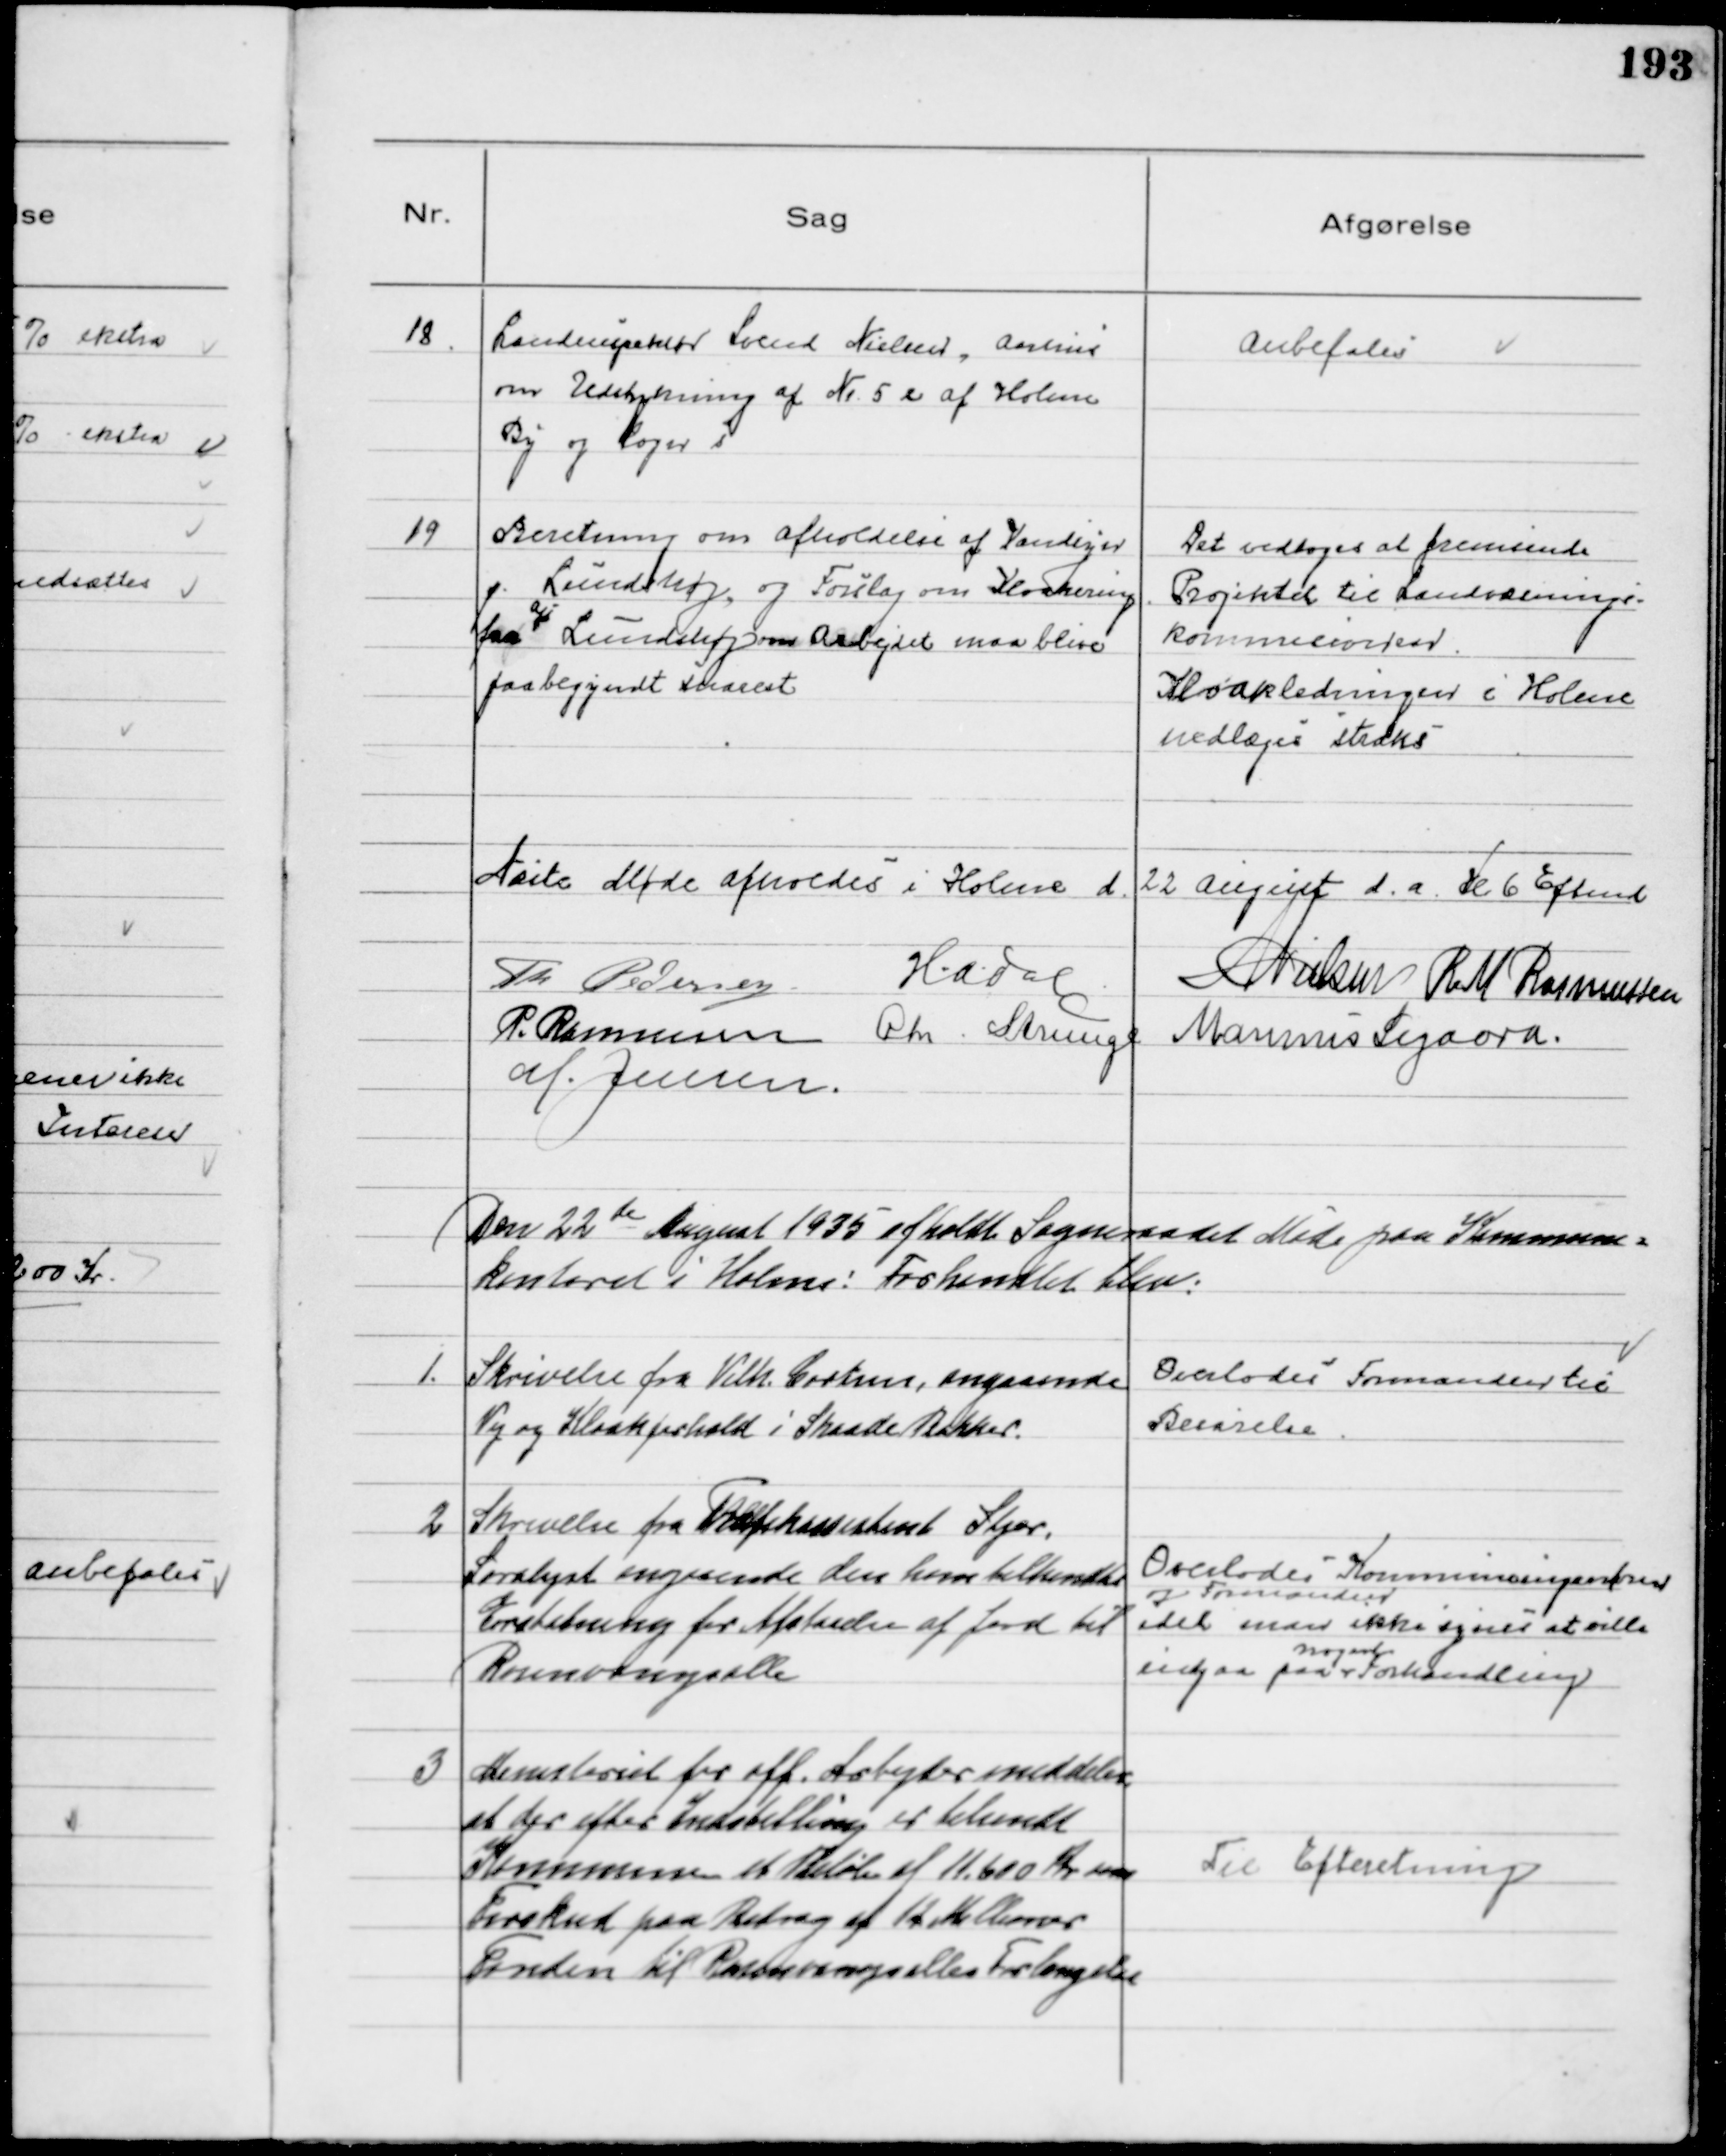
Transskription:
18
Landinspektør Svend Nielsen, Aarhus
om Udstykning af № 5 e af Holme
By og Sogn s

Anbefales

19
Beretning om afholdelse af Vandsyn
p. Lundshøj, og Forslag om Kloakering
fra 
a/s
Lundshøj om Arbejdet maa blive
paabegyndt snarest

Det vedtoges at fremsende
Projektet til Landvæsnings-
kommisionen
Kloakledningen i Holme
nedlæges straks

Næste Møde afholdes i Holme d. 22. d. a. Kl 6 Eftmd
Th Pedersen
H.A. Dal
N Nielsen R M Rasmussen
P. Rasmussen Chr. Strunge Marinus Sigaard
M. Jensen

Den 22 de August 1935 afholdt Sogneraadet Møde paa Kommune=
kontoret i Holme: Forhandlet blev:

1.
Skrivelse fra Vilh. Cortsen, angaaende
Vej og Kloakforhold i Skaade Bakker.

Overlodes Formanden til
Besvarelse

2
Skrivelse fra Trafikassistent Stjær,
Saralyst angaaende den ham tilkendte
Erstatning for Afstaaelse af Jord til
Rosenvangsalle

Overlodes Kommuneingeniøren
og Formanden
idet man ikke synes at ville
indgaa paa
nogen
Forhandling

3
Ministeriet for off. Arbejder meddeler,
at der efter Indstilling er tilsendt
Kommunen et Beløb af 11.600 Kr som
Forskud paa Bidrag af 12 Millioner
Fonden til Rosenvangsalles Fornyelse

Til Efteretning